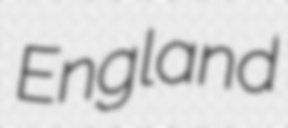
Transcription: England